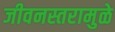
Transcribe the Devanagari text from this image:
जीवनस्तरामुळे